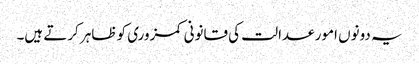
یہ دونوں امور عدالت کی قانونی کمزوری کو ظاہر کرتے ہیں۔